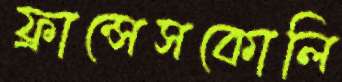
ফ্রান্সেসকোলি